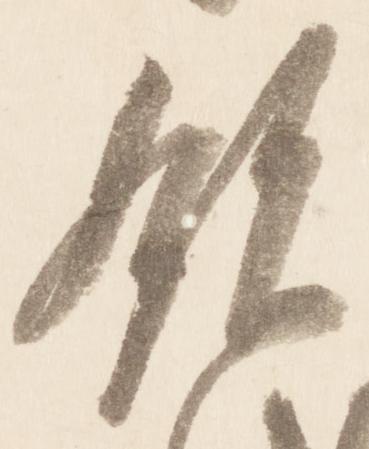
領